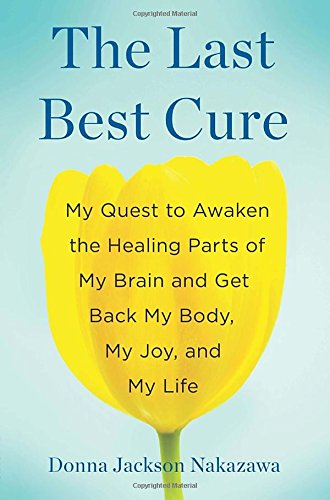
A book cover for The Last Best Cure: My Quest to Awaken the Healing Parts of My Brain and Get Back My Body, My Joy, a nd My Life; Donna Jackson Nakazawa; Biographies & Memoirs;